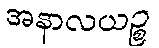
အနာလယဉ္စ